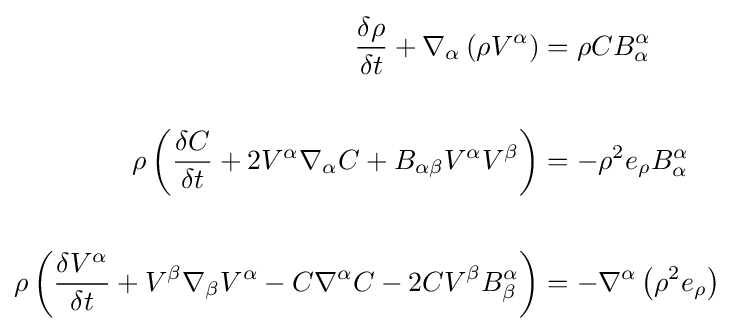
{\begin{aligned}{\frac {\delta \rho }{\delta t}}+\nabla _{\alpha }\left(\rho V^{\alpha }\right)&=\rho CB_{\alpha }^{\alpha }\\\\\rho \left({\frac {\delta C}{\delta t}}+2V^{\alpha }\nabla _{\alpha }C+B_{\alpha \beta }V^{\alpha }V^{\beta }\right)&=-\rho ^{2}e_{\rho }B_{\alpha }^{\alpha }\\\\\rho \left({\frac {\delta V^{\alpha }}{\delta t}}+V^{\beta }\nabla _{\beta }V^{\alpha }-C\nabla ^{\alpha }C-2CV^{\beta }B_{\beta }^{\alpha }\right)&=-\nabla ^{\alpha }\left(\rho ^{2}e_{\rho }\right)\end{aligned}}